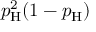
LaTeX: p _ { \mathrm { H } } ^ { 2 } ( 1 - p _ { \mathrm { H } } )